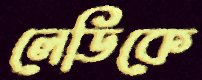
লেডিকে